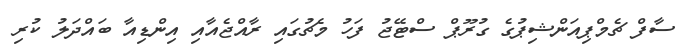
ސާފް ޗެމްޕިއަންޝިޕުގެ ގުރޫޕް ސްޓޭޖު ފަހު މެޗުގައި ރާއްޖެއާއި އިންޑިއާ ބައްދަލު ކުރި